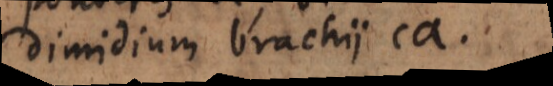
dimidium brachii ca.